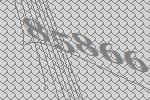
85866